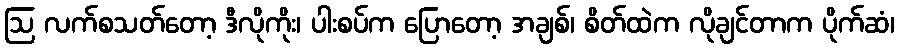
ဩ လက်စသတ်တော့ ဒီလိုကိုး၊ ပါးစပ်က ပြောတော့ အချစ်၊ စိတ်ထဲက လိုချင်တာက ပိုက်ဆံ၊